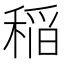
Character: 稲